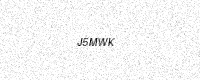
Text: J5MWK